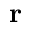
\mathbf { r }